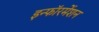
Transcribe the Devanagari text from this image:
इन्फाॅरर्मेशन